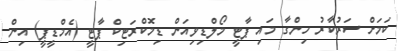
ކަމަށް ސަރުކާރު ހިންގާ މައި ޕާޓީ މޯލްޑިވިއަން ޑިމޮކްރަޓިކް ޕާޓީ (އެމްޑީޕީ) އިން